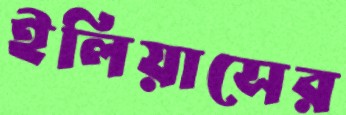
ইলিয়াসের